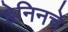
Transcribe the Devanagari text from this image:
हेनिनचे